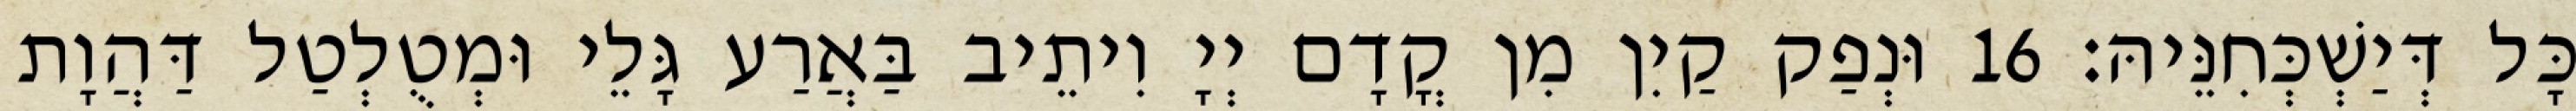
כָּל דְּיַשְׁכְּחִנֵּיהּ׃ 16 וּנְפַק קַיִן מִן קֳדָם יְיָ וִיתֵיב בַּאֲרַע גָּלֵי וּמְטֻלְטַל דַּהֲוָת